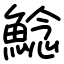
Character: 鯰